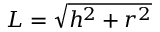
L = { \sqrt { h ^ { 2 } + r ^ { 2 } } }